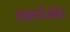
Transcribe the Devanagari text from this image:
एक्सचेंजांवर